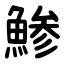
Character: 鯵